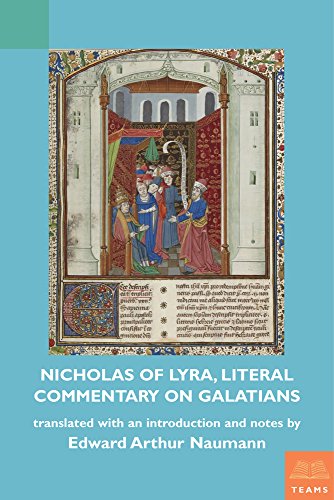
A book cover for Nicholas of Lyra, Literal Commentary on Galatians (Teams Secular Commentary); Edward Naumann; History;